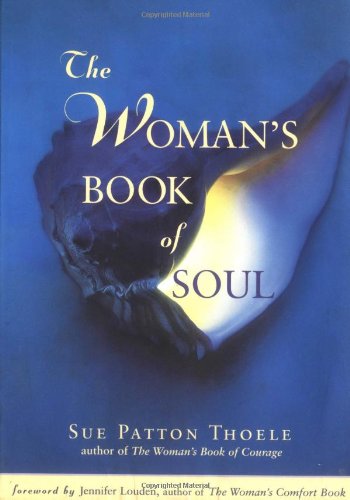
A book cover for The Women's Book of Soul: Meditations for Courage, Confidence & Spirit; Sue Patton Thoele; Christian Books & Bibles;